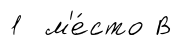
1 м'е́сто В